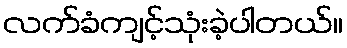
လက်ခံကျင့်သုံးခဲ့ပါတယ်။